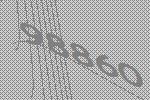
98860